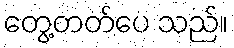
တွေ့တတ်ပေ သည်။